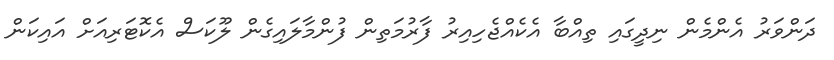
ދަންވަރު އެންމެން ނިދީގައި ތިއްބާ އެކެއްޖެހިއިރު ފާރުމަތިން ފުންމާލައިގެން ލޫކަސް އެކޮޓަރިއަށް އައިކަން